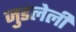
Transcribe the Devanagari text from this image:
जुडलेली